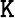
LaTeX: \mathtt{K}